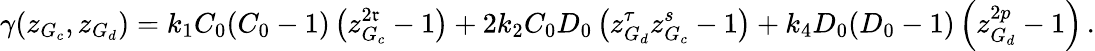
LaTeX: \gamma(z_{G_{c}},z_{G_{d}})=k_{1}C_{0}(C_{0}-1)\left(z_{G_{c}}^{2\mathfrak{r}}-1\right)+2k_{2}C_{0}D_{0}\left(z_{G_{d}}^{\tau}z_{G_{c}}^{s}-1\right)+k_{4}D_{0}(D_{0}-1)\left(z_{G_{d}}^{2p}-1\right)\, .